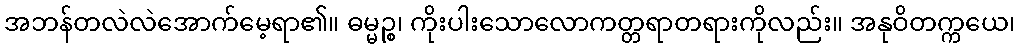
အဘန်တလဲလဲအောက်မေ့ရာ၏။ ဓမ္မဉ္စ၊ ကိုးပါးသောလောကတ္တရာတရားကိုလည်း။ အနုဝိတက္ကယေ၊